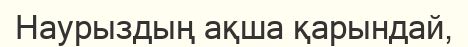
Наурыздың ақша қарындай,